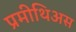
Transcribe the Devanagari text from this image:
प्रमीथिअस